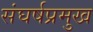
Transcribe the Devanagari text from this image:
संघर्षप्रमुख